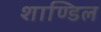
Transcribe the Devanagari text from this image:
शाण्डिल